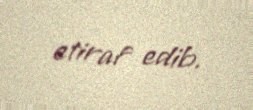
etiraf edib.